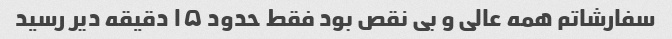
سفارشاتم همه عالی و بی نقص بود فقط حدود ۱۵ دقیقه دیر رسید